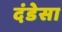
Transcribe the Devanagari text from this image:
दंडेसा